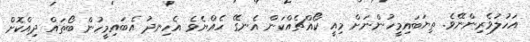
އަހުލުވެރިންނޭވެ. ތިޔަބައިމީހުންނަށް މިއީ ކޯއްޗެއްކަން އެނގޭ ހެއްޔެވެ އެހިނދު އެބައިމީހުން ބޯތައް ދިއްކޮށް